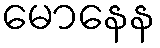
မောနေန